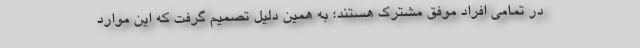
در تمامی افراد موفق مشترک هستند؛ به همین دلیل تصمیم گرفت که این موارد